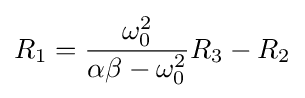
R_{1}={\frac {\omega _{0}^{2}}{\alpha \beta -\omega _{0}^{2}}}R_{3}-R_{2}